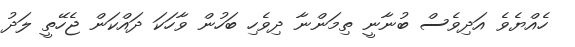
ހެއްޔެވެ އަދިވެސް ބުނާނީ ތިމަންނާ ދިވެހި ބަހުން ވާހަކަ ދައްކަން ޖެހޭތީ ލަދު